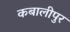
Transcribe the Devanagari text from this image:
कबालीपुर